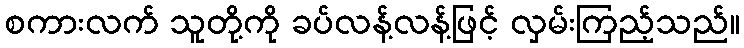
စကားလက် သူတို့ကို ခပ်လန့်လန့်ဖြင့် လှမ်းကြည့်သည်။